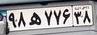
۹۸ه۷۷۶۳۸